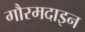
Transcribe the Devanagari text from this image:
गौरमदाइन